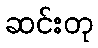
ဆင်းတု